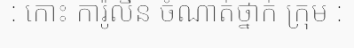
: កោះ ការ៉ូលីន ចំណាត់ថ្នាក់ ក្រុម :